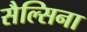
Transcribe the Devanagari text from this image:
सैल्सिना